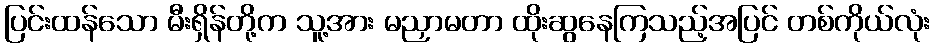
ပြင်းထန်သော မီးရှိန်တို့က သူ့အား မညှာမတာ ထိုးဆွနေကြသည့်အပြင် တစ်ကိုယ်လုံး